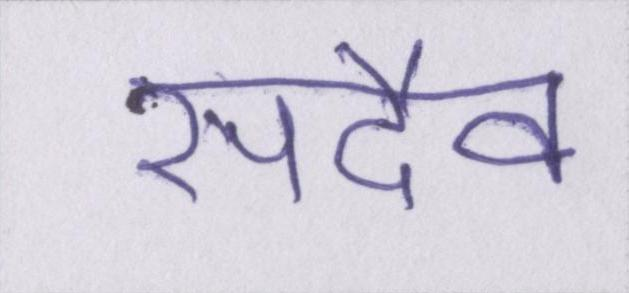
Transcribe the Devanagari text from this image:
सदैव